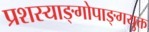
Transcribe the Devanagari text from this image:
प्रशस्याङ्‌गोपाङ्‌गयुक्त